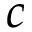
c